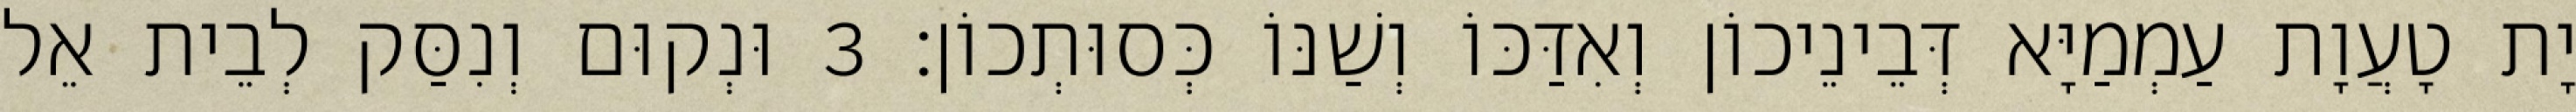
יָת טָעֲוָת עַמְמַיָּא דְּבֵינֵיכוֹן וְאִדַּכּוֹ וְשַׁנּוֹ כְּסוּתְכוֹן׃ 3 וּנְקוּם וְנִסַּק לְבֵית אֵל